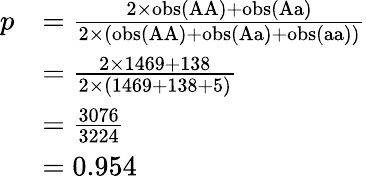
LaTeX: {\begin{array}{rl}{p}&{={\frac{2\times\mathrm{obs}({\mathrm{AA}})+\mathrm{obs}({\mathrm{Aa}})}{2\times(\mathrm{obs}({\mathrm{AA}})+\mathrm{obs}({\mathrm{Aa}})+\mathrm{obs}({\mathrm{aa}}))}}}\\ &{={\frac{2\times 1469+138}{2\times(1469+138+5)}}}\\ &{={\frac{3076}{3224}}}\\ &{=0.954}\end{array}}